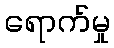
ရောက်မှု